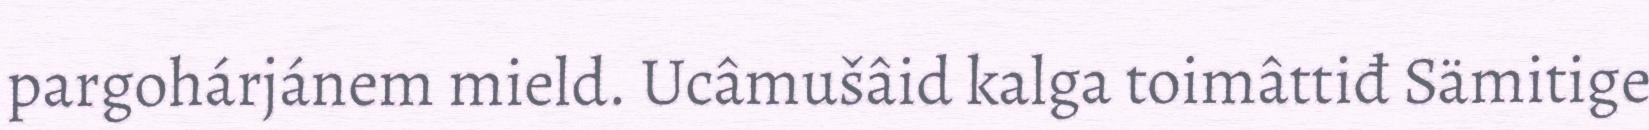
pargohárjánem mield. Ucâmušâid kalga toimâttiđ Sämitige